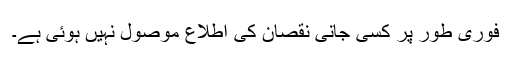
فوری طور پر کسی جانی نقصان کی اطلاع موصول نہیں ہوئی ہے۔